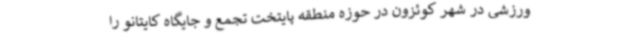
ورزشی در شهر کوئزون در حوزه منطقه پایتخت تجمع و جایگاه کایتانو را